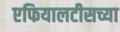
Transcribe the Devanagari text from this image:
एफियालटीसच्या